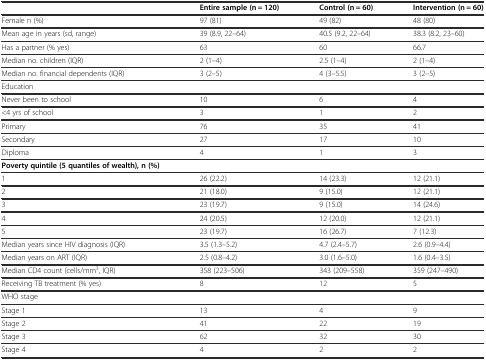
|  | Entire sample (n = 120) | Control (n = 60) | Intervention (n = 60) |
 | --- | --- | --- | --- |
 | Female n (%) | 97 (81) | 49 (82) | 48 (80) |
 | Mean age in years (sd, range) | 39 (8.9, 22–64) | 40.5 (9.2, 22–64) | 38.3 (8.2, 23–60) |
 | Has a partner (% yes) | 63 | 60 | 66.7 |
 | Median no. children (IQR) | 2 (1–4) | 2.5 (1–4) | 2 (1–4) |
 | Median no. financial dependents (IQR) | 3 (2–5) | 4 (3–5.5) | 3 (2–5) |
 | Education |  |  |  |
 | Never been to school | 10 | 6 | 4 |
 | <4 yrs of school | 3 | 1 | 2 |
 | Primary | 76 | 35 | 41 |
 | Secondary | 27 | 17 | 10 |
 | Diploma | 4 | 1 | 3 |
 | Poverty quintile (5 quantiles of wealth), n (%) |  |  |  |
 | 1 | 26 (22.2) | 14 (23.3) | 12 (21.1) |
 | 2 | 21 (18.0) | 9 (15.0) | 12 (21.1) |
 | 3 | 23 (19.7) | 9 (15.0) | 14 (24.6) |
 | 4 | 24 (20.5) | 12 (20.0) | 12 (21.1) |
 | 5 | 23 (19.7) | 16 (26.7) | 7 (12.3) |
 | Median years since HIV diagnosis (IQR) | 3.5 (1.3–5.2) | 4.7 (2.4–5.7) | 2.6 (0.9–4.4) |
 | Median years on ART (IQR) | 2.5 (0.8–4.2) | 3.0 (1.6–5.0) | 1.6 (0.4–3.5) |
 | Median CD4 count (cells/mm3, IQR) | 358 (223–506) | 343 (209–558) | 359 (247–490) |
 | Receiving TB treatment (% yes) | 8 | 12 | 5 |
 | WHO stage |  |  |  |
 | Stage 1 | 13 | 4 | 9 |
 | Stage 2 | 41 | 22 | 19 |
 | Stage 3 | 62 | 32 | 30 |
 | Stage 4 | 4 | 2 | 2 |